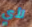
لأي